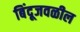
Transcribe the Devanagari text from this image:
बिंदूजवळील